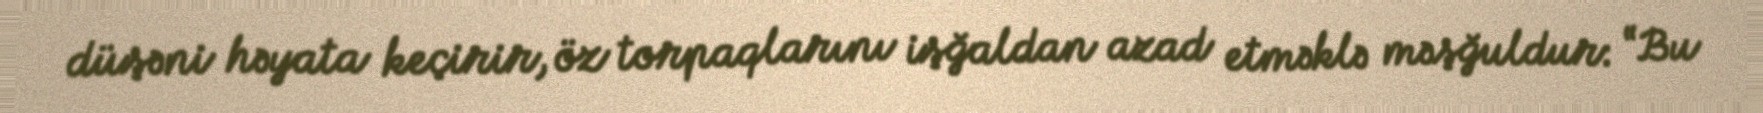
düşəni həyata keçirir, öz torpaqlarını işğaldan azad etməklə məşğuldur: “Bu